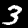
Digit: 3